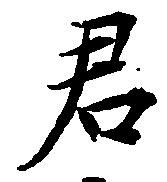
君